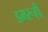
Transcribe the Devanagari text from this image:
डमरूही